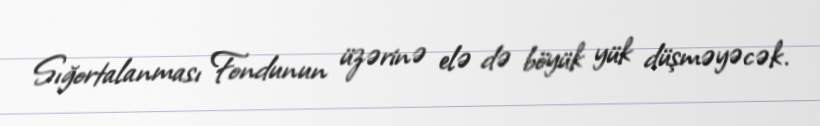
Sığortalanması Fondunun üzərinə elə də böyük yük düşməyəcək.